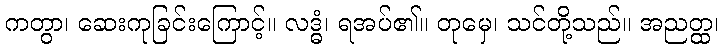
ကတွာ၊ ဆေးကုခြင်းကြောင့်။ လဒ္ဓံ၊ ရအပ်၏။ တုမှေ၊ သင်တို့သည်။ အညတ္ထ၊